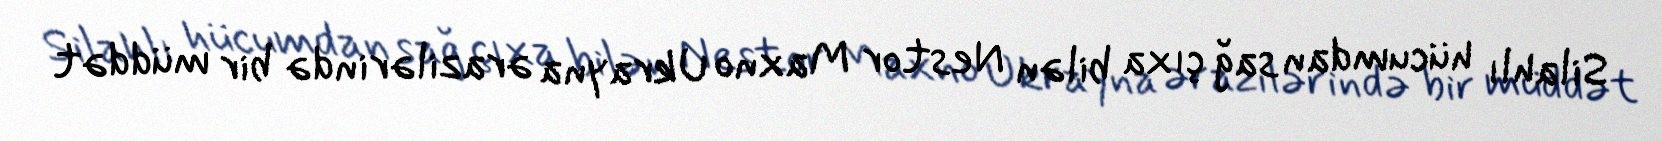
Silahlı hücumdan sağ çıxa bilən Nestor Maxno Ukrayna ərazilərində bir müddət